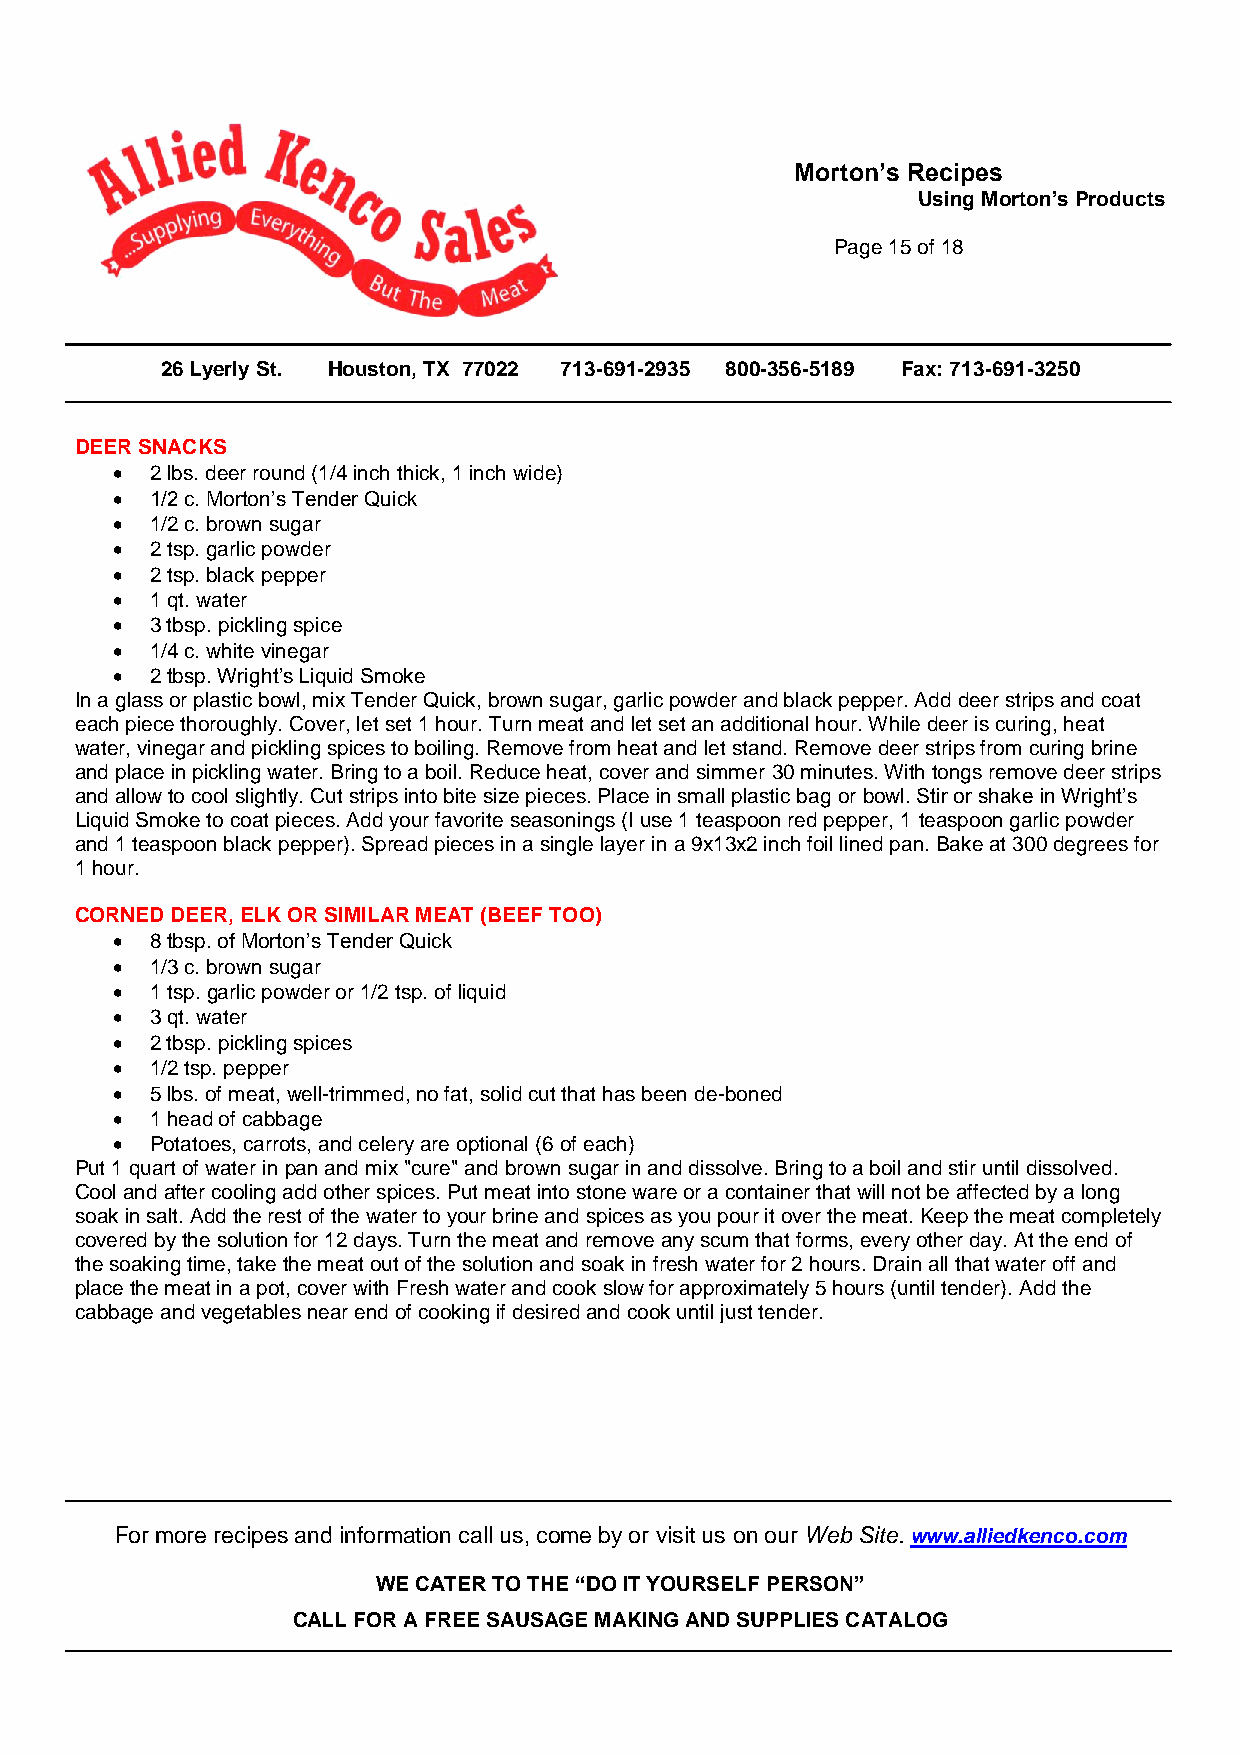
Morton’s Recipes
 Using Morton’s Products
 Page 15 of 18
 26 Lyerly St. Houston, TX 77022 713-691-2935 800-356-5189 Fax: 713-691-3250
 DEER SNACKS
   2 lbs. deer round (1/4 inch thick, 1 inch wide)
   1/2 c. Morton’s Tender Quick
   1/2 c. brown sugar
   2 tsp. garlic powder
   2 tsp. black pepper
   1 qt. water
   3 tbsp. pickling spice
   1/4 c. white vinegar
   2 tbsp. Wright’s Liquid Smoke
 In a glass or plastic bowl, mix Tender Quick, brown sugar, garlic powder and black pepper. Add deer strips and coat
 each piece thoroughly. Cover, let set 1 hour. Turn meat and let set an additional hour. While deer is curing, heat
 water, vinegar and pickling spices to boiling. Remove from heat and let stand. Remove deer strips from curing brine
 and place in pickling water. Bring to a boil. Reduce heat, cover and simmer 30 minutes. With tongs remove deer strips
 and allow to cool slightly. Cut strips into bite size pieces. Place in small plastic bag or bowl. Stir or shake in Wright’s
 Liquid Smoke to coat pieces. Add your favorite seasonings (I use 1 teaspoon red pepper, 1 teaspoon garlic powder
 and 1 teaspoon black pepper). Spread pieces in a single layer in a 9x13x2 inch foil lined pan. Bake at 300 degrees for
 1 hour.
 CORNED DEER, ELK OR SIMILAR MEAT (BEEF TOO)
   8 tbsp. of Morton’s Tender Quick
   1/3 c. brown sugar
   1 tsp. garlic powder or 1/2 tsp. of liquid
   3 qt. water
   2 tbsp. pickling spices
   1/2 tsp. pepper
   5 lbs. of meat, well-trimmed, no fat, solid cut that has been de-boned
   1 head of cabbage
   Potatoes, carrots, and celery are optional (6 of each)
 Put 1 quart of water in pan and mix "cure" and brown sugar in and dissolve. Bring to a boil and stir until dissolved.
 Cool and after cooling add other spices. Put meat into stone ware or a container that will not be affected by a long
 soak in salt. Add the rest of the water to your brine and spices as you pour it over the meat. Keep the meat completely
 covered by the solution for 12 days. Turn the meat and remove any scum that forms, every other day. At the end of
 the soaking time, take the meat out of the solution and soak in fresh water for 2 hours. Drain all that water off and
 place the meat in a pot, cover with Fresh water and cook slow for approximately 5 hours (until tender). Add the
 cabbage and vegetables near end of cooking if desired and cook until just tender.
 For more recipes and information call us, come by or visit us on our Web Site. www.alliedkenco.com
 WE CATER TO THE “DO IT YOURSELF PERSON”
 CALL FOR A FREE SAUSAGE MAKING AND SUPPLIES CATALOG